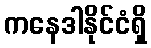
ကနေဒါနိုင်ငံရှိ